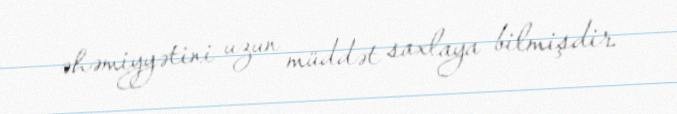
əhəmiyyətini uzun müddət saxlaya bilmişdir.